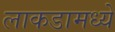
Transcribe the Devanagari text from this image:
लाकडामध्ये